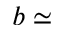
b \simeq